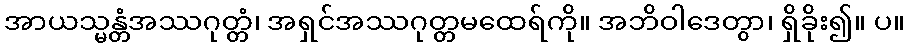
အာယသ္မန္တံအဿဂုတ္တံ၊ အရှင်အဿဂုတ္တမထေရ်ကို။ အဘိဝါဒေတွာ၊ ရှိခိုး၍။ ပ။